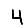
Digit: 4